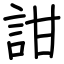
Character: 詌